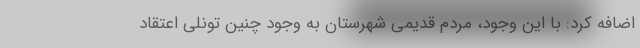
اضافه کرد: با این وجود، مردم قدیمی شهرستان به وجود چنین تونلی اعتقاد